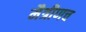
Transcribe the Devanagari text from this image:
मैत्रीणच